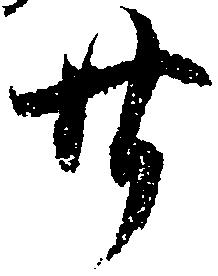
廿